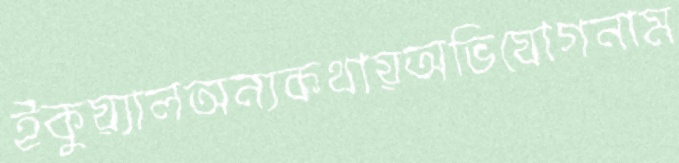
ইকুয়্যালঅন্যকথায়অভিযোগনাম